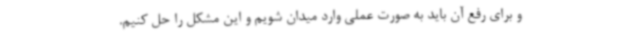
و برای رفع آن باید به صورت عملی وارد میدان شویم و این مشکل را حل کنیم.